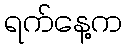
ရက်နေ့က